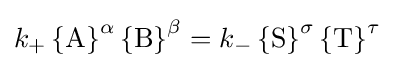
k_{+}\left\{{\ce {A}}\right\}^{\alpha }\left\{{\ce {B}}\right\}^{\beta }=k_{-}\left\{{\ce {S}}\right\}^{\sigma }\left\{{\ce {T}}\right\}^{\tau }